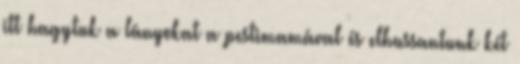
itt hagytuk a lányokat a pestimamával és elhussantunk két